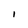
Character: I